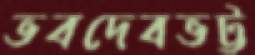
ভবদেবভট্ট